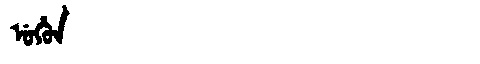
Manchu: ᡠᡥᡠᠨ
Romanization: UHUN